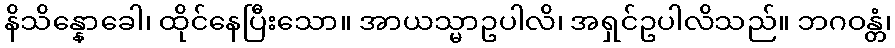
နိသိန္နောခေါ၊ ထိုင်နေပြီးသော။ အာယသ္မာဥပါလိ၊ အရှင်ဥပါလိသည်။ ဘဂဝန္တံ၊